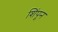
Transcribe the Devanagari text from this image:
शिंपून